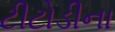
ટીટોડીના